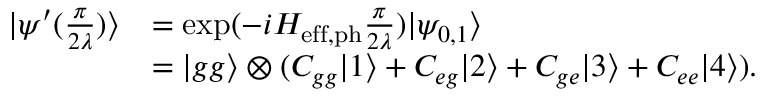
\begin{array} { r l } { | \psi ^ { \prime } ( \frac { \pi } { 2 \lambda } ) \rangle } & { = \mathrm { e x p } ( - i H _ { \mathrm { e f f , p h } } \frac { \pi } { 2 \lambda } ) | \psi _ { 0 , 1 } \rangle } \\ & { = | g g \rangle \otimes ( C _ { g g } | 1 \rangle + C _ { e g } | 2 \rangle + C _ { g e } | 3 \rangle + C _ { e e } | 4 \rangle ) . } \end{array}